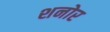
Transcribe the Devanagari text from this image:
शनोर